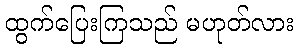
ထွက်ပြေးကြသည် မဟုတ်လား